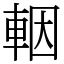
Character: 𨋳